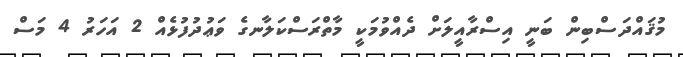
މުޤައްދަސްބިން ބަނީ އިސްރާއީލަށް ދެއްވުމަކީ މާތްރަސްކަލާނގެ ވަޢުދުފުޅެއް 2 އަހަރު 4 މަސް